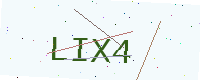
Text: LIX4